Report of the Indian Hemp Drugs Commission, 1894-1895 - Volume VI
Year: 1894
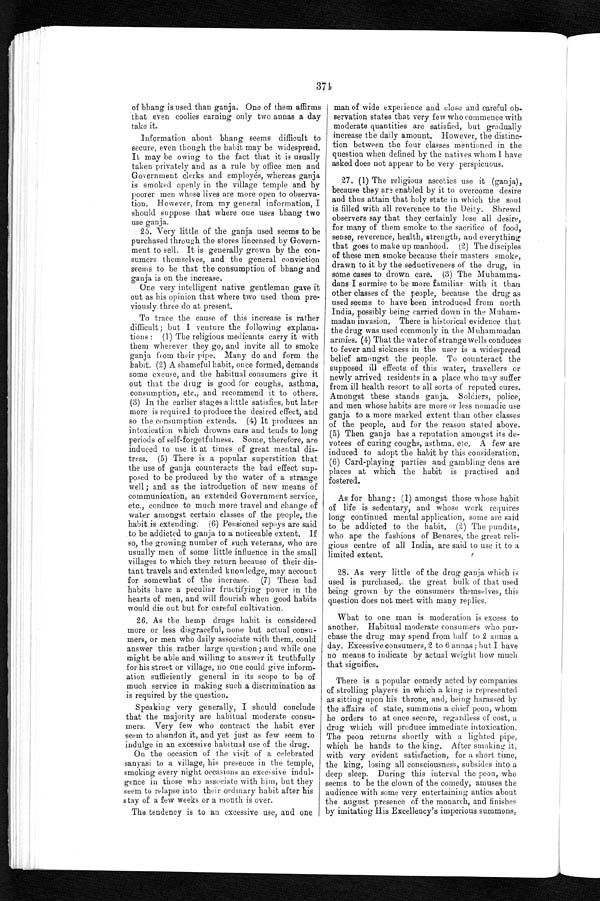
374
of bhang is used than ganja. One of them affirms
that even coolies earning only two annas a day
take it.
Information about bhang seems difficult to
secure, even though the habit may be widespread.
It may be owing to the fact that it is usually
taken privately and as a rule by office men and
Government clerks and employés, whereas ganja
is smoked openly in the village temple and by
poorer men whose lives are more open to observa
- t i o n . H o w e v e r , f r o m m y g e n e r a l i n f o r m a t i o n , I
should suppose that where one uses bhang two
use ganja.
25. Very little of the ganja used seems to be
purchased through the stores lincensed by Govern
-ment to sell. It is generally grown by the con
- s u m e r s t h e m s e l v e s , a n d t h e g e n e r a l c o n v i c t i o n
seems to be that the consumption of bhang and
ganja is on the increase.
One very intelligent native gentleman gave it
out as his opinion that where two used them pre
- v i o u s l y t h r e e d o a t p r e s e n t .
To trace the cause of this increase is rather
difficult; but I venture the following explana
- t i o n s : ( 1 ) T h e r e l i g i o u s m e d i c a n t s c a r r y i t w i t h
them wherever they go, and invite all to smoke
ganja from their pipe. Many do and form the
habit. (2) A shameful habit, once formed, demands
some excuse, and the habitual consumers give it
out that the drug is good for coughs, asthma,
consumption, etc., and recommend it to others.
(3) In the earlier stages a little satisfies, but later
more is required to produce the desired effect, and
so the consumption extends. (4) It produces an
intoxication which drowns care and tends to long
periods of self-forgetfulness. Some, therefore, are
induced to use it at times of great mental dis
- t r e s s . ( 5 ) T h e r e i s a p o p u l a r s u p e r s t i t i o n t h a t
the use of ganja counteracts the bad effect sup
- p o s e d t o b e p r o d u c e d b y t h e w a t e r o f a s t r a n g e
well ; and as the introduction of new means of
communication, an extended Government service,
etc., conduce to much more travel and change of
water amongst certain classes of the people, the
habit is extending. (6) Pensioned sepoys are said
to be addicted to ganja to a noticeable extent. If
so, the growing number of such veterans, who are
usually men of some little influence in the small
villages to which they return because of their dis
- t a n t t r a v e l s a n d e x t e n d e d k n o w l e d g e , m a y a c c o u n t
for somewhat of the increase. (7) These bad
habits have a peculiar fructifying power in the
hearts of men, and will flourish when good habits
would die out but for careful cultivation.
26. As the hemp drugs habit is considered
more or less disgraceful, none but actual consu
- m e r s , o r m e n w h o d a i l y a s s o c i a t e w i t h t h e m , c o u l d
answer this rather large question ; and while one
might be able and willing to answer it truthfully
for his street or village, no one could give inform
- a t i o n s u f f i c i e n t l y g e n e r a l i n i t s s c o p e t o b e o f
much service in making such a discrimination as
is required by the question.
Speaking very generally, I should conclude
that the majority are habitual moderate consu
- m e r s . V e r y f e w w h o c o n t r a c t t h e h a b i t e v e r
seem to abandon it, and yet just as few seem to
indulge in an excessive habitual use of the drug.
On the occasion of the visit of a celebrated
sanyasi to a village, his presence in the temple,
smoking every night occasions an excessive indul
- g e n c e i n t h o s e w h o a s s o c i a t e w i t h h i m , b u t t h e y
seem to relapse into their ordinary habit after his
stay of a few weeks or a month is over.
The tendency is to an excessive use, and one
man of wide experience and close and careful ob
- s e r v a t i o n s t a t e s t h a t v e r y f e w w h o c o m m e n c e w i t h
moderate quantities are satisfied, but gradually
increase the daily amount. However, the distinc
- t i o n b e t w e e n t h e f o u r c l a s s e s m e n t i o n e d i n t h e
question when defined by the natives whom I have
asked does not appear to be very perspicuous.
27. (1) The religious ascetics use it (ganja),
because they are enabled by it to overcome desire
and thus attain that holy state in which the soul
is filled with all reverence to the Deity. Shrewd
observers say that they certainly lose all desire,
for many of them smoke to the sacrifice of food,
sense, reverence, health, strength, and everything
that goes to make up manhood. (2) The disciples
of these men smoke because their masters smoke,
drawn to it by the seductiveness of the drug, in
some cases to drown care. (3) The Muhamma
- d a n s I s u r m i s e t o b e m o r e f a m i l i a r w i t h i t t h a n
other classes of the people, because the drug as
used seems to have been introduced from north
India, possibly being carried down in the Muham
- m a d a n i n v a s i o n . T h e r e i s h i s t o r i c a l e v i d e n c e t h a t
the drug was used commonly in the Muhammadan
armies. (4) That the water of strange wells conduces
to fever and sickness in the user is a widespread
belief amongst the people. To counteract the
supposed ill effects of this water, travellers or
newly arrived residents in a place who may suffer
from ill health resort to all sorts of reputed cures.
Amongst these stands ganja. Soldiers, police,
and men whose habits are more or less nomadic use
ganja to a more marked extent than other classes
of the people, and for the reason stated above.
(5) Then ganja has a reputation amongst its de
- v o t e e s o f c u r i n g c o u g h s , a s t h m a , e t c . A f e w a r e
induced to adopt the habit by this consideration.
(6) Card-playing parties and gambling dens are
places at which the habit is practised and
fostered.
As for bhang: (1) amongst those whose habit
of life is sedentary, and whose work requires
long continued mental application, some are said
to be addicted to the habit. (2) The pundits,
who ape the fashions of Benares, the great reli
- g i o u s c e n t r e o f a l l I n d i a , a r e s a i d t o u s e i t t o a
limited extent.
28. As very little of the drug ganja which is
used is purchased,; the great bulk of that used
being grown by the consumers themselves, this
question does not meet with many replies.
What to one man is moderation is excess to
another. Habitual moderate consumers who pur
- c h a s e t h e d r u g m a y s p e n d f r o m h a l f t o 2 a n n a s a
day. Excessive consumers, 2 to 6 annas ; but I have
no means to indicate by actual weight how much
that signifies.
There is a popular comedy acted by companies
of strolling players in which a king is represented
as sitting upon his throne, and, being harassed by
the affairs of state, summons a chief peon, whom
he orders to at once secure, regardless of cost, a
drug which will produce immediate intoxication.
The peon returns shortly with a lighted pipe,
which he hands to the king. After smoking it,
with very evident satisfaction, for a short time,
the king, losing all consciousness, subsides into a
deep sleep. During this interval the peon, who
seems to be the clown of the comedy, amuses the
audience with some very entertaining antics about
the august presence of the monarch, and finishes
by imitating His Excellency's imperious summons,